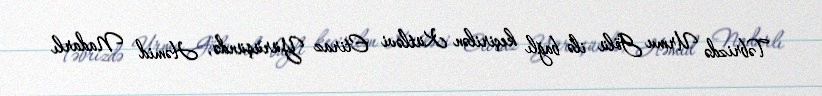
Təbrizdə Urmu Gölü ilə bağlı keçirilən Kütləvi Etiraz Yürüşündə, Həmid Nadarlı